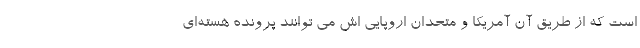
است که از طریق آن آمریکا و متحدان اروپایی اش می توانند پرونده هسته‌ای